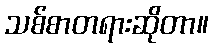
သစ်စာတရားဆိုတာ။